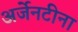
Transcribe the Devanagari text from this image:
अर्जेनटीना